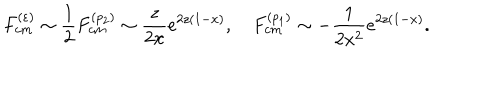
F _ { c m } ^ { ( \varepsilon ) } \sim \frac { 1 } { 2 } F _ { c m } ^ { ( p _ { 2 } ) } \sim \frac { z } { 2 x } e ^ { 2 z ( 1 - x ) } , \quad F _ { c m } ^ { ( p _ { 1 } ) } \sim - \frac { 1 } { 2 x ^ { 2 } } e ^ { 2 z ( 1 - x ) } .